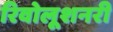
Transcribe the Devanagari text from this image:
रिवोलूशनरी